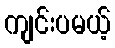
ကျင်းပမယ့်